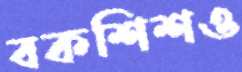
বকশিশও